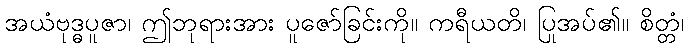
အယံဗုဒ္ဓပူဇာ၊ ဤဘုရားအား ပူဇော်ခြင်းကို။ ကရီယတိ၊ ပြုအပ်၏။ စိတ္တံ၊